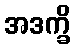
အဒက္ခိ